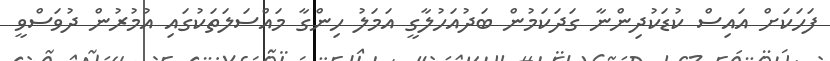
ފަހަކަށް އައިސް ކުޑަކުދިންނާ ގަދަކަމުން ބަދުއަހުލާގީ އަމަލު ހިންގާ މައްސަލަތަކުގައި އުމުރުން ދުވަސްވީ